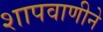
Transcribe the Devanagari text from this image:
शापवाणीने